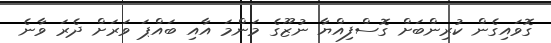
ގޮވައިގެން ކުރިންބަށް ގޮސްފިއްޔާ ނުޒޫގެ މަންމަ އާއި ބައްޕަ ވަރަށް ދެރަ ވާނެ